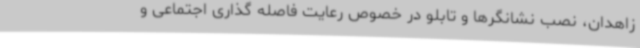
زاهدان، نصب نشانگرها و تابلو در خصوص رعایت فاصله گذاری اجتماعی و